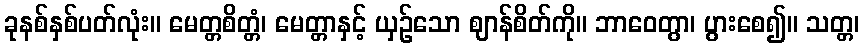
ခုနစ်နှစ်ပတ်လုံး။ မေတ္တစိတ္တံ၊ မေတ္တာနှင့် ယှဉ်သော ဈာန်စိတ်ကို။ ဘာဝေတွာ၊ ပွားစေ၍။ သတ္တ၊